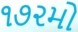
૧૭૨મો